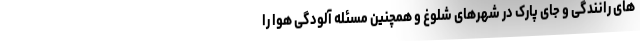
های رانندگی و جای پارک در شهرهای شلوغ و همچنین مسئله آلودگی هوا را